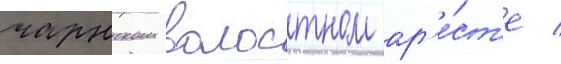
чарнском волостном ар'е́ст'е /